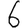
Digit: 6